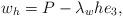
LaTeX: \begin{align*} w_h = P -\lambda_w h e_3,\end{align*}